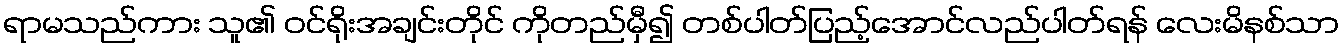
ရာမသည်ကား သူ၏ ဝင်ရိုးအချင်းတိုင် ကိုတည်မှီ၍ တစ်ပါတ်ပြည့်အောင်လည်ပါတ်ရန် လေးမိနစ်သာ